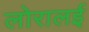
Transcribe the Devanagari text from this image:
लोरालई